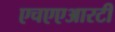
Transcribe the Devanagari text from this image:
एचएएआरटी